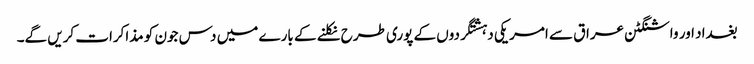
بغداد اور واشنگٹن عراق سے امریکی دہشتگردوں کے پوری طرح نکلنے کے بارے میں دس جون کو مذاکرات کریں گے۔